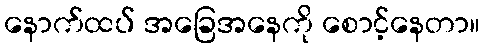
နောက်ထပ် အခြေအနေကို စောင့်နေတာ။